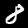
Label: 8